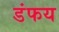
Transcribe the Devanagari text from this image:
डंफय